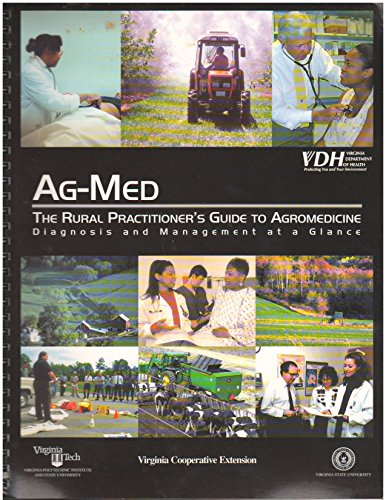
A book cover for Ag-med: The rural practitioner's guide to agromedicine : diagnosis and management at a glance; Stanley H Schuman; Medical Books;